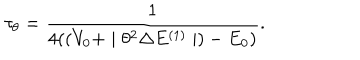
\tau _ { \theta } = \frac { 1 } { 4 ( ( V _ { 0 } + \mid \theta ^ { 2 } \Delta E ^ { ( 1 ) } \mid ) - E _ { 0 } ) } .